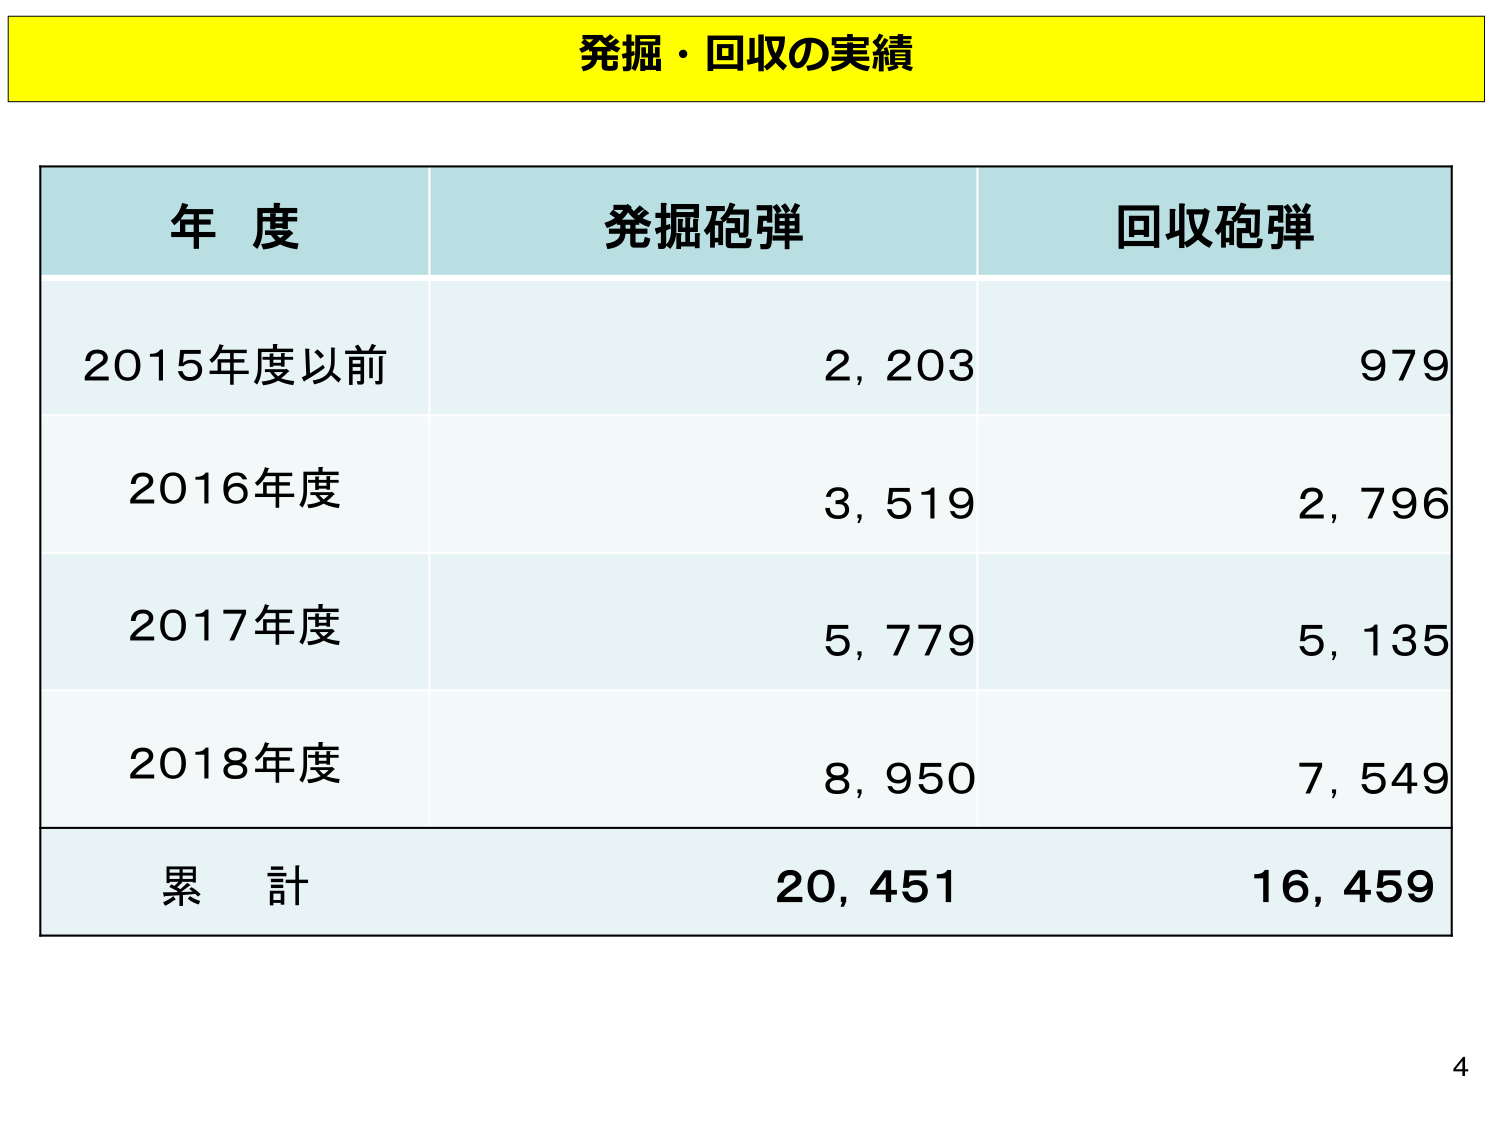
発掘・回収の実績

年度 発掘砲弾 回収砲弾
2015年度以前 2,203 979
2016年度 3,519 2,796
2017年度 5,779 5,135
2018年度 8,950 7,549
累計 20,451 16,459

4